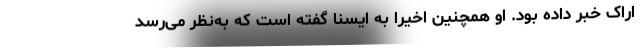
اراک خبر داده بود. او همچنین اخیرا به ایسنا گفته است که به‌نظر می‌رسد